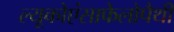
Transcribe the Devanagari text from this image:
ल्यूकोएंसाफेलोपैथी